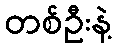
တစ်ဦးနဲ့